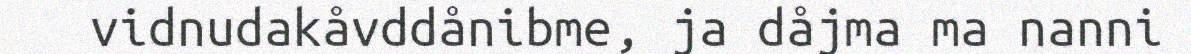
vidnudakåvddånibme, ja dåjma ma nanni